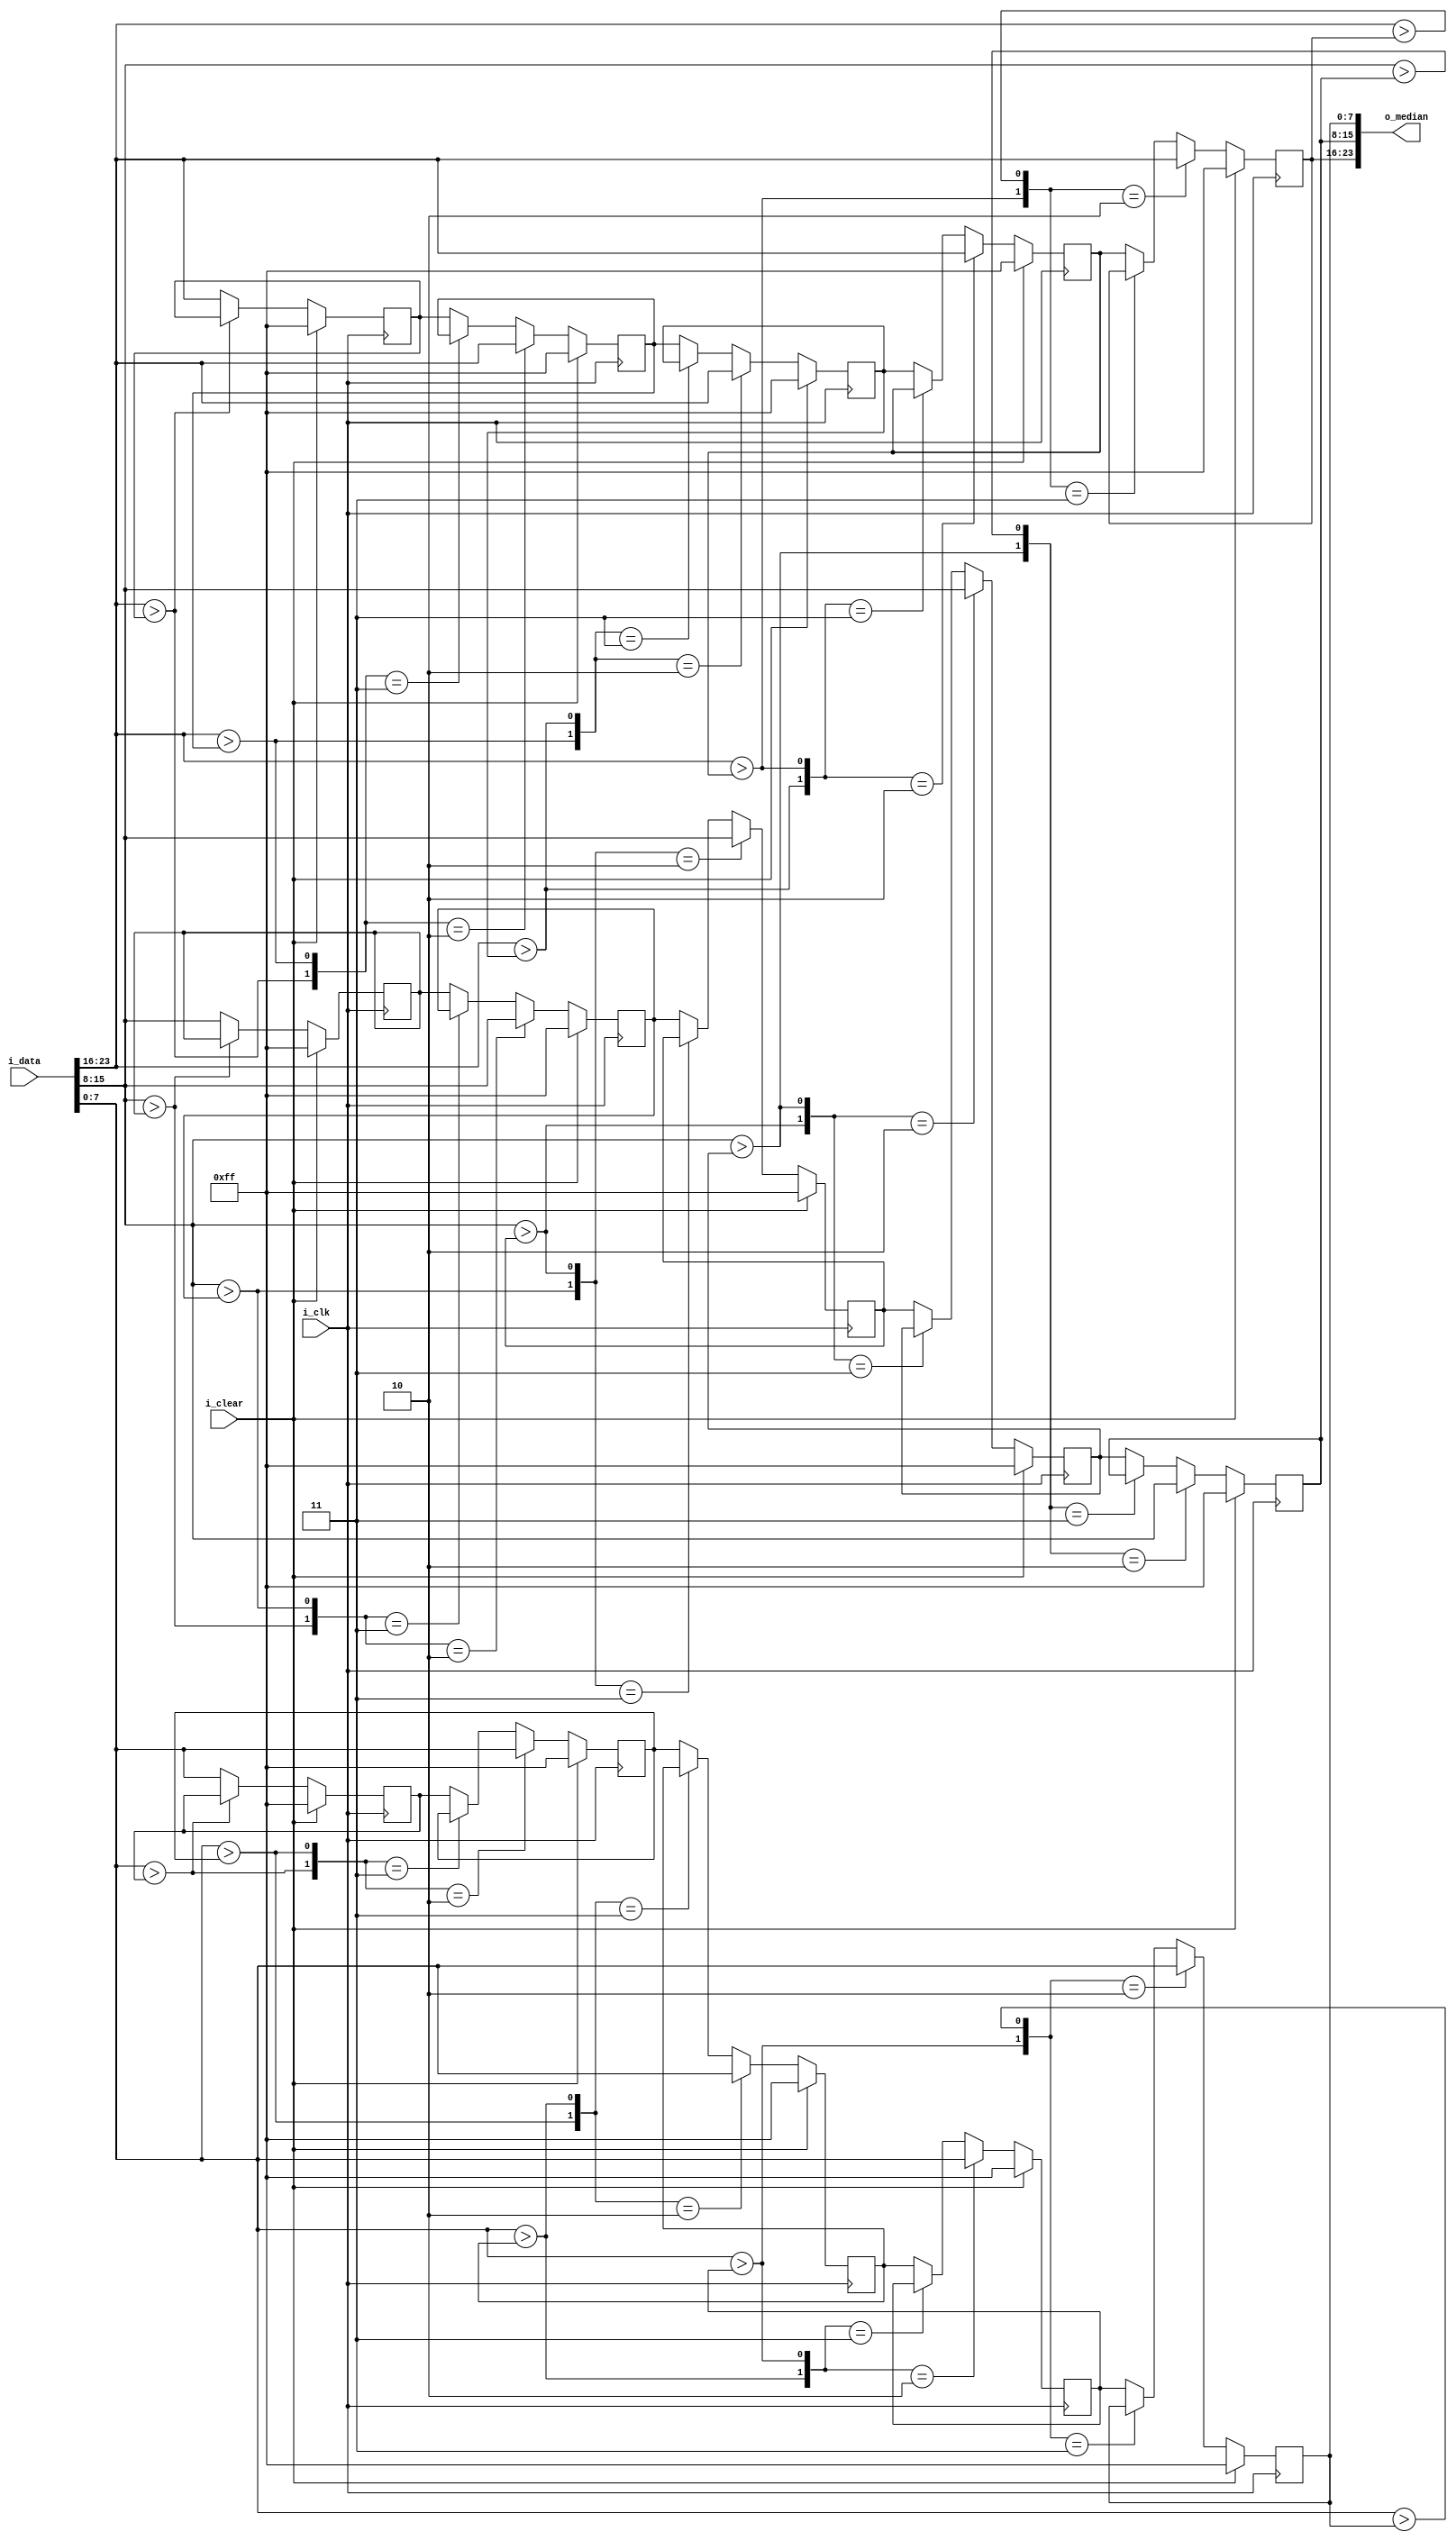
module Median(
    input         i_clk,
    input         i_clear, // one cycle
	input  [23:0] i_data,
	output [23:0] o_median
);

reg  [7:0] sort_R_r [0:8];
reg  [7:0] sort_G_r [0:8];
reg  [7:0] sort_B_r [0:8];
wire [7:0] sort_R_w [0:8];
wire [7:0] sort_G_w [0:8];
wire [7:0] sort_B_w [0:8];

wire [7:0] red, green, blue;
wire [8:0] tag_R, tag_G, tag_B;


assign red   = i_data[23:16];
assign green = i_data[15:8];
assign blue  = i_data[7:0];

genvar idx;
generate
    for(idx = 0; idx < 9; idx = idx + 1) begin
        assign tag_R[idx] = red   > sort_R_r[idx];
        assign tag_G[idx] = green > sort_G_r[idx];
        assign tag_B[idx] = blue  > sort_B_r[idx];
    end
    for(idx = 0; idx < 8; idx = idx + 1) begin
        assign sort_R_w[idx] = (tag_R[idx+:2] == 2'b10) ? red   : 
                               (tag_R[idx+:2] == 2'b11) ? sort_R_r[idx] : sort_R_r[idx+1];
        assign sort_G_w[idx] = (tag_G[idx+:2] == 2'b10) ? green : 
                               (tag_G[idx+:2] == 2'b11) ? sort_G_r[idx] : sort_G_r[idx+1];
        assign sort_B_w[idx] = (tag_B[idx+:2] == 2'b10) ? blue  : 
                               (tag_B[idx+:2] == 2'b11) ? sort_B_r[idx] : sort_B_r[idx+1];
    end
    assign sort_R_w[8] = tag_R[8] ? sort_R_r[8] : red;
    assign sort_G_w[8] = tag_G[8] ? sort_G_r[8] : green;                  
    assign sort_B_w[8] = tag_B[8] ? sort_B_r[8] : blue; 
endgenerate


always@(posedge i_clk) begin
    if(i_clear) begin
        sort_R_r[0] = 8'd255;
        sort_G_r[0] = 8'd255;
        sort_B_r[0] = 8'd255;

        sort_R_r[1] = 8'd255;
        sort_G_r[1] = 8'd255;
        sort_B_r[1] = 8'd255;

        sort_R_r[2] = 8'd255;
        sort_G_r[2] = 8'd255;
        sort_B_r[2] = 8'd255;

        sort_R_r[3] = 8'd255;
        sort_G_r[3] = 8'd255;
        sort_B_r[3] = 8'd255;

        sort_R_r[4] = 8'd255;
        sort_G_r[4] = 8'd255;
        sort_B_r[4] = 8'd255;

        sort_R_r[5] = 8'd255;
        sort_G_r[5] = 8'd255;
        sort_B_r[5] = 8'd255;

        sort_R_r[6] = 8'd255;
        sort_G_r[6] = 8'd255;
        sort_B_r[6] = 8'd255;

        sort_R_r[7] = 8'd255;
        sort_G_r[7] = 8'd255;
        sort_B_r[7] = 8'd255;

        sort_R_r[8] = 8'd255;
        sort_G_r[8] = 8'd255;
        sort_B_r[8] = 8'd255;
    end
    else begin
        sort_R_r[0] = sort_R_w[0];
        sort_G_r[0] = sort_G_w[0];
        sort_B_r[0] = sort_B_w[0];

        sort_R_r[1] = sort_R_w[1];
        sort_G_r[1] = sort_G_w[1];
        sort_B_r[1] = sort_B_w[1];

        sort_R_r[2] = sort_R_w[2];
        sort_G_r[2] = sort_G_w[2];
        sort_B_r[2] = sort_B_w[2];

        sort_R_r[3] = sort_R_w[3];
        sort_G_r[3] = sort_G_w[3];
        sort_B_r[3] = sort_B_w[3];

        sort_R_r[4] = sort_R_w[4];
        sort_G_r[4] = sort_G_w[4];
        sort_B_r[4] = sort_B_w[4];

        sort_R_r[5] = sort_R_w[5];
        sort_G_r[5] = sort_G_w[5];
        sort_B_r[5] = sort_B_w[5];

        sort_R_r[6] = sort_R_w[6];
        sort_G_r[6] = sort_G_w[6];
        sort_B_r[6] = sort_B_w[6];

        sort_R_r[7] = sort_R_w[7];
        sort_G_r[7] = sort_G_w[7];
        sort_B_r[7] = sort_B_w[7];

        sort_R_r[8] = sort_R_w[8];
        sort_G_r[8] = sort_G_w[8];
        sort_B_r[8] = sort_B_w[8];
    end
end

assign o_median = {sort_R_r[4], sort_G_r[4], sort_B_r[4]};

endmodule